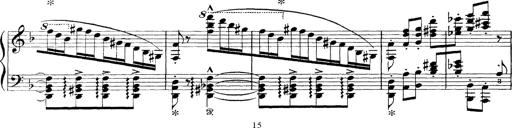
Title: Scherzo und Marsch
Composer: Franz Liszt